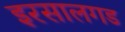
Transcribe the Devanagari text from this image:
इरसालगड